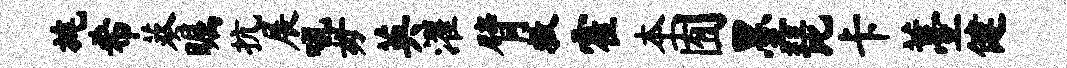
旄希葵瞩抗展吼毋英濯臂救霍本囿墨琵卡薹健